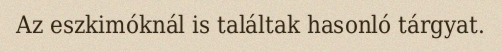
Az eszkimóknál is találtak hasonló tárgyat.